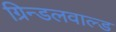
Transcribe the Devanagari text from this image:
ग्रिन्डलवाल्ड